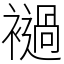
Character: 䙤